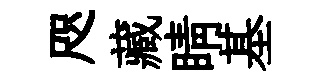
咫藏睛基